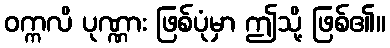
ဝက္ကလိ ပုဏ္ဏား ဖြစ်ပုံမှာ ဤသို့ ဖြစ်၏။